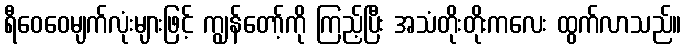
ရီဝေဝေမျက်လုံးများဖြင့် ကျွန်တော့်ကို ကြည့်ပြီး အသံတိုးတိုးကလေး ထွက်လာသည်။